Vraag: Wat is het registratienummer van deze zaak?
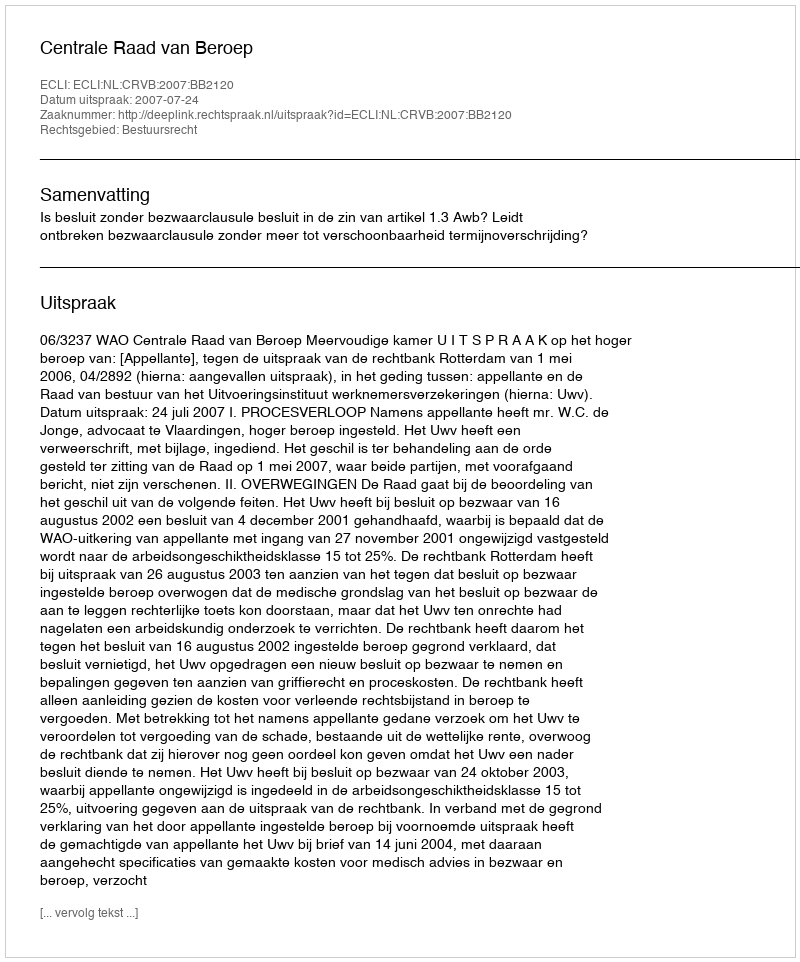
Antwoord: http://deeplink.rechtspraak.nl/uitspraak?id=ECLI:NL:CRVB:2007:BB2120